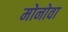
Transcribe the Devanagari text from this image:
मोनोवा